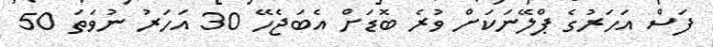
ފަސް އަހަރުގެ ޕްލޭނަކަށް ވުރެ ބޮޑަށް އެބަޖެހޭ 30 އަހަރު ނުވަތަ 50